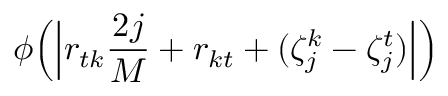
\phi \Bigl ( \Bigl | r _ { t k } \frac { 2 j } { M } + r _ { k t } + ( \zeta _ { j } ^ { k } - \zeta _ { j } ^ { t } ) \Bigr | \Bigr )